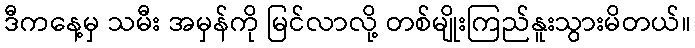
ဒီကနေ့မှ သမီး အမှန်ကို မြင်လာလို့ တစ်မျိုးကြည်နူးသွားမိတယ်။